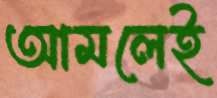
আমলেই